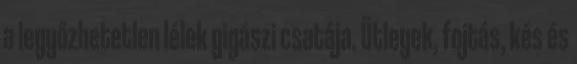
a legyőzhetetlen lélek gigászi csatája. Ütlegek, fojtás, kés és